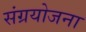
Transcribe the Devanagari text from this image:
संग्रयोजना